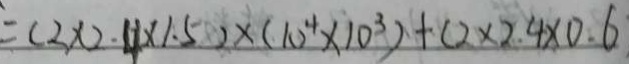
= ( 2 \times 2 . 4 \times 1 . 5 ) \times ( 1 0 ^ { 4 } \times 1 0 ^ { 3 } ) + ( 2 \times 2 . 4 \times 0 . 6